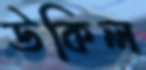
উকিল